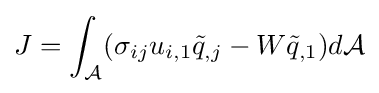
J=\int _{\mathcal {A}}(\sigma _{ij}u_{i,1}{\tilde {q}}_{,j}-W{\tilde {q}}_{,1})d{\mathcal {A}}